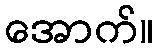
အောက်။